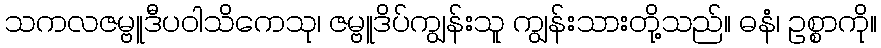
သကလဇမ္ဗူဒီပဝါသိကေသု၊ ဇမ္ဗူဒိပ်ကျွန်းသူ ကျွန်းသားတို့သည်။ ဓနံ၊ ဥစ္စာကို။